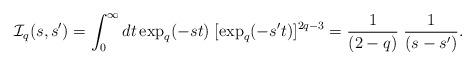
LaTeX: \begin{align*}\mathcal{I}_{q} (s,s^{\prime}) = \int_{0}^{\infty} dt \exp_{q}(-st) \; [ \exp_{q}(-s^{\prime} t) ]^{2q-3} = \frac{1}{(2-q)} \; \frac{1}{(s-s^{\prime})}. \end{align*}